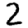
Digit: 2